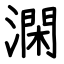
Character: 澖